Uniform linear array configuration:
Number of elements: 48
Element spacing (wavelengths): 0.25
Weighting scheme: kaiser
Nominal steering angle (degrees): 30
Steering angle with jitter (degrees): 29.411
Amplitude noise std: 0.05
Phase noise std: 0.05

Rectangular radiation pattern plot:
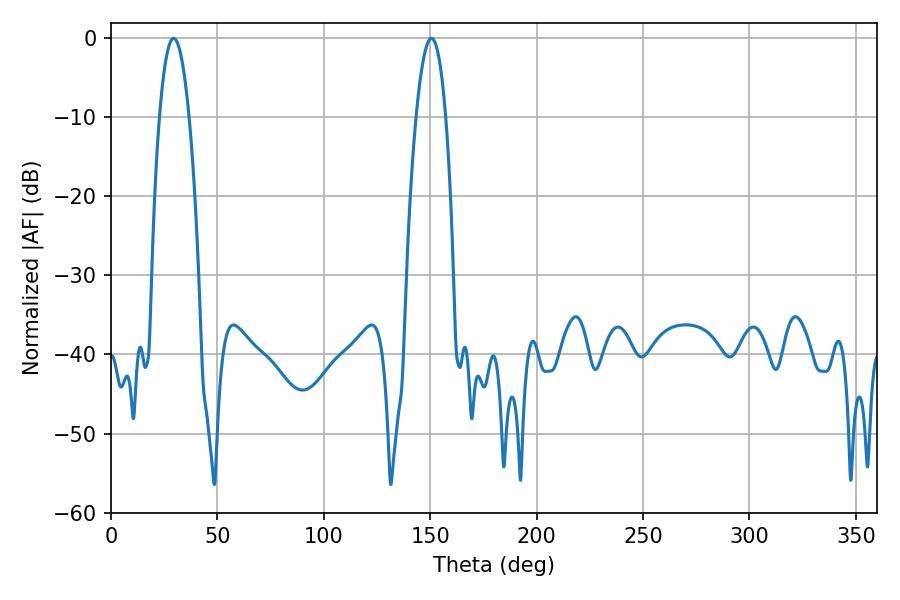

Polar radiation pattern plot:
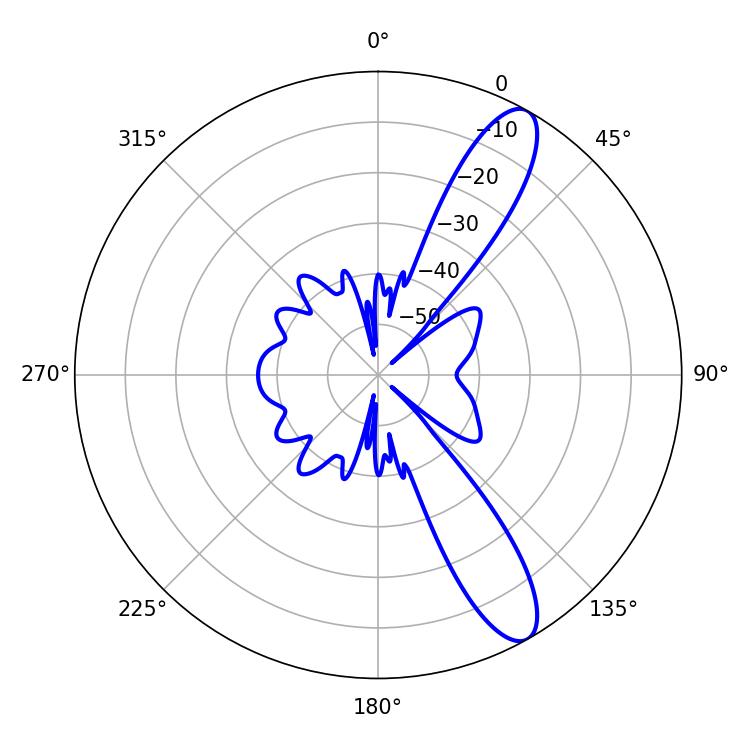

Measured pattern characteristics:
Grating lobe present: FALSE
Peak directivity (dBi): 11.486
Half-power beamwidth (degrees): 7.56
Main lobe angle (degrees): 29.52